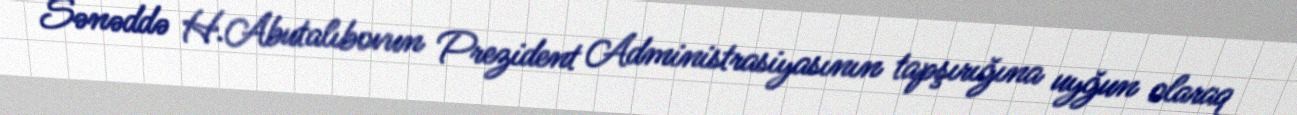
Sənəddə H.Abutalıbovun Prezident Administrasiyasının tapşırığına uyğun olaraq